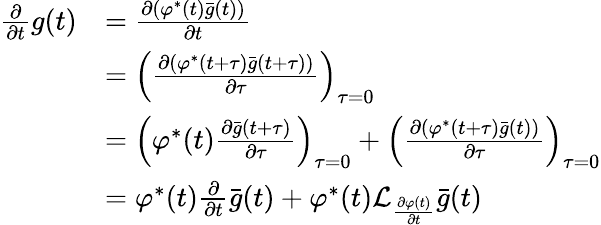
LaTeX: \begin{array}{rl}{\frac{\partial}{\partial t}g(t)}&{=\frac{\partial\left(\varphi^{*}(t)\bar{g}(t)\right)}{\partial t}}\\ &{=\left(\frac{\partial\left(\varphi^{*}(t+\tau)\bar{g}(t+\tau)\right)}{\partial\tau}\right)_{\tau=0}}\\ &{=\left(\varphi^{*}(t)\frac{\partial\bar{g}(t+\tau)}{\partial\tau}\right)_{\tau=0}+\left(\frac{\partial\left(\varphi^{*}(t+\tau)\bar{g}(t)\right)}{\partial\tau}\right)_{\tau=0}}\\ &{=\varphi^{*}(t)\frac{\partial}{\partial t}\bar{g}(t)+\varphi^{*}(t)\mathcal{L}_{\frac{\partial\varphi(t)}{\partial t}}\bar{g}(t)}\end{array}